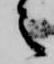
之